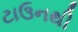
ટાઉનથી